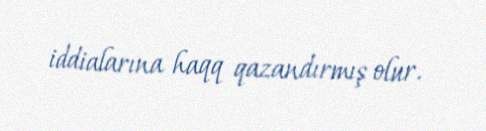
iddialarına haqq qazandırmış olur.